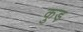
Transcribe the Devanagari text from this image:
कुड़